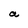
Character: a